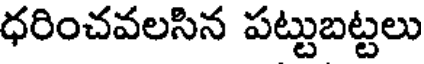
ధరించవలసిన పట్టుబట్టలు